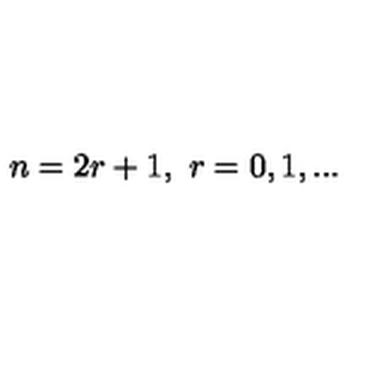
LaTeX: n = 2 r + 1 , \ r = 0 , 1 , . . .